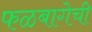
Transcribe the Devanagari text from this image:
फळबागेची